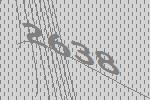
2638